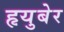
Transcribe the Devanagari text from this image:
हृयुबेर